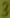
Text: 3